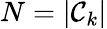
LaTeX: N=|\mathcal{C}_{k}|